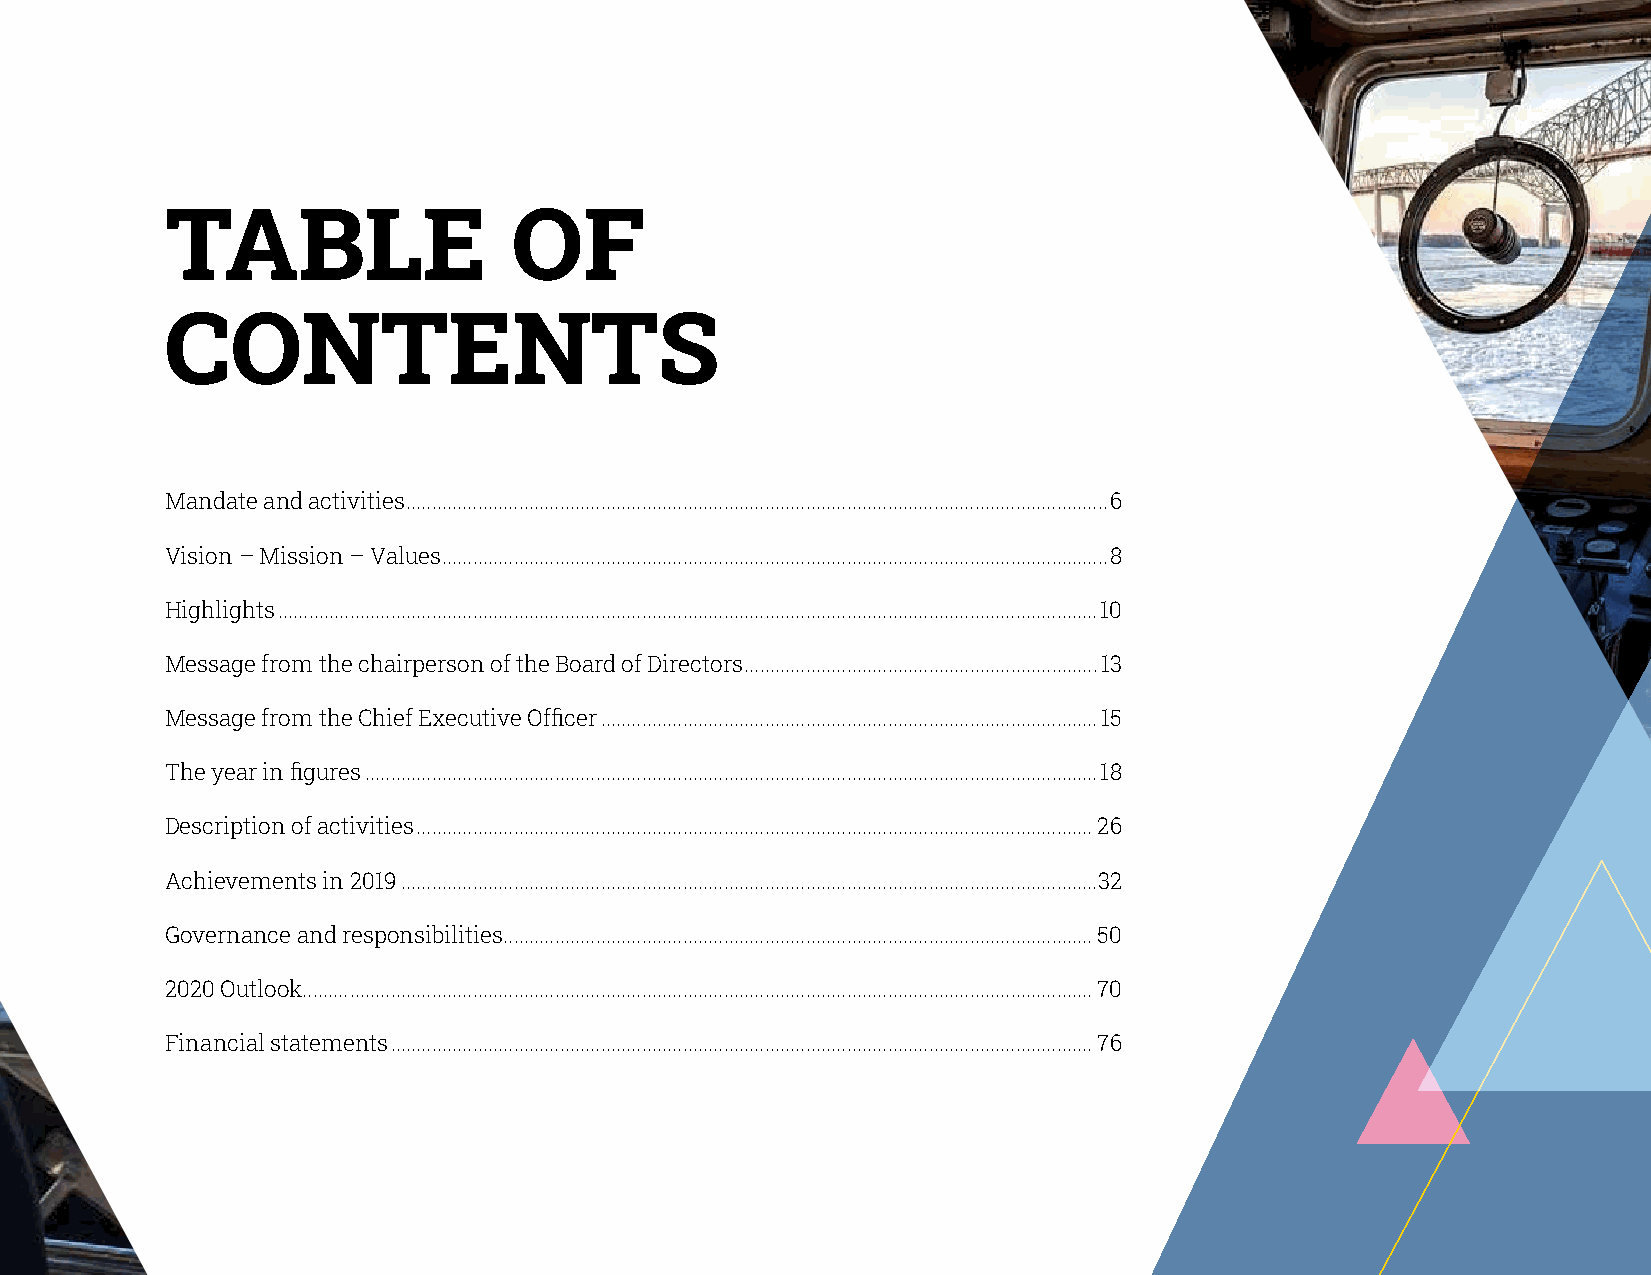
TABLE                  OF
 CONTENTS
 Mandate and activities .........................................................................................................................................6
 Vision – Mission – Values ..................................................................................................................................8
 Highlights ................................................................................................................................................................10
 Message from the chairperson of the Board of Directors .....................................................................13
 Message from the Chief Executive Officer .................................................................................................15
 The year in figures ...............................................................................................................................................18
 Description of activities ....................................................................................................................................26
 Achievements in 2019 ........................................................................................................................................32
 Governance and responsibilities ...................................................................................................................50
 2020 Outlook......... .................................................................................................................................................70
 Financial statements .........................................................................................................................................76